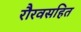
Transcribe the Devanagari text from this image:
रौरवसहित